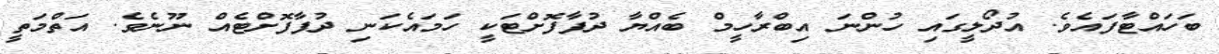
ބަހައްޓާފައެވެ. އުދޯލީގައި ހުންނަ އިބްރާހީމް ބެއްޔާ ދުފާފޮށްޓަކީ ހަމައެކަނި ދުފާފޮށްޓެއް ނޫނެވެ. އަތްމަތީ